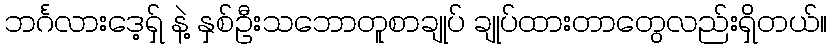
ဘင်္ဂလားဒေ့ရှ် နဲ့ နှစ်ဦးသဘောတူစာချုပ် ချုပ်ထားတာတွေလည်းရှိတယ်။